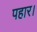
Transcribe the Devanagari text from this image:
पहार।